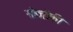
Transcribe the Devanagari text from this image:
सोज़ोकी